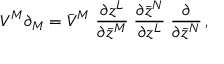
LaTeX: V ^ { M } \partial _ { M } = \bar { V } ^ { M } \; \frac { \partial z ^ { L } } { \partial \bar { z } ^ { M } } \; \frac { \partial \bar { z } ^ { N } } { \partial z ^ { L } } \; \frac { \partial } { \partial \bar { z } ^ { N } } \, ,